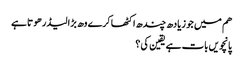
هم میں جو زیادھ چندھ اکٹھا کرے وھ بڑا لیڈر هوتا ہے
پانچویں بات ہے یقین کی ؟